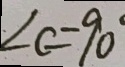
\angle C = 9 0 ^ { \circ }